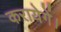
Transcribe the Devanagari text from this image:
करायेगें।